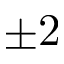
\pm 2